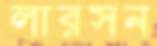
লারসন